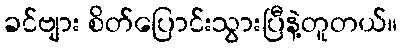
ခင်ဗျား စိတ်ပြောင်းသွားပြီနဲ့တူတယ်။